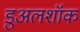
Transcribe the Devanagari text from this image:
डुअलशॉक